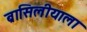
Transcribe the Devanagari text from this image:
ब्रासिलीयाला